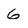
Character: 6